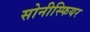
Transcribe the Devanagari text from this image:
सोनीस्फियर